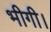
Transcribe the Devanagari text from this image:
भीगी।